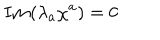
{ \bf I m } ( \lambda _ { a } \chi ^ { a } ) = 0